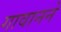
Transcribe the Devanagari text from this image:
गावानने